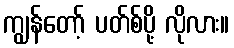
ကျွန်တော့် ပတ်စ်ပို့ လိုလား။